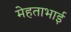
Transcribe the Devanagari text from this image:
मेहताभाई